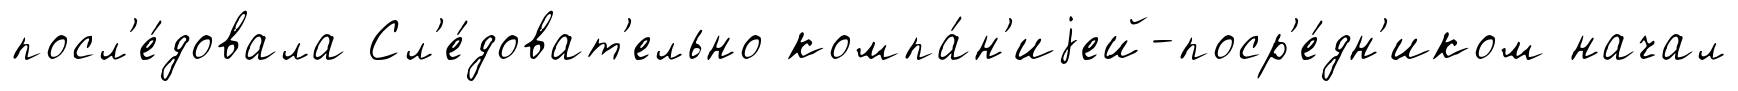
посл'е́довала Сл'е́доват'ельно компа́н'иjей-поср'е́дн'иком начал